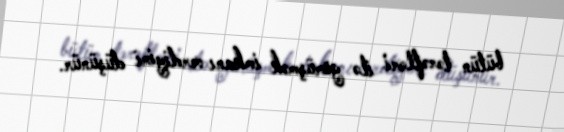
bütün tərəfləri ilə görüşmək imkanı verdiyini düşünür.